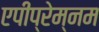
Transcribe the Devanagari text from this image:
एपीप्रेम्नम